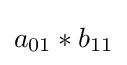
a_{01}*b_{11}